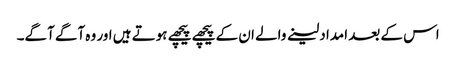
اس کے بعد امداد لینے والے ان کے پیچھے پیچھے ہوتے ہیں اور وہ آگے آگے۔